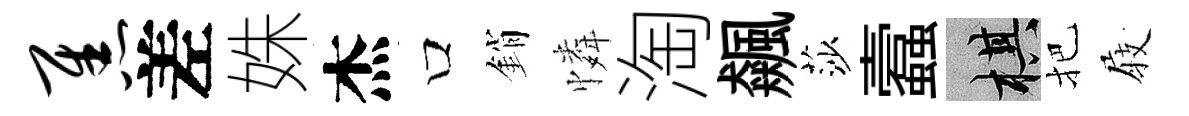
焦差姝杰口銷憐淘飆莎蠧棋把𡲆